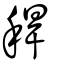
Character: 稈